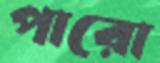
পারো